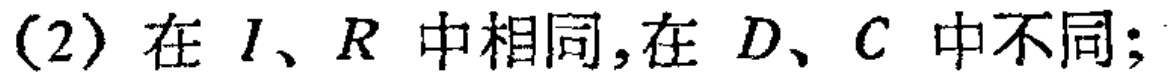
(2) 在 \(I、R\) 中相同,在 \(D、C\) 中不同;